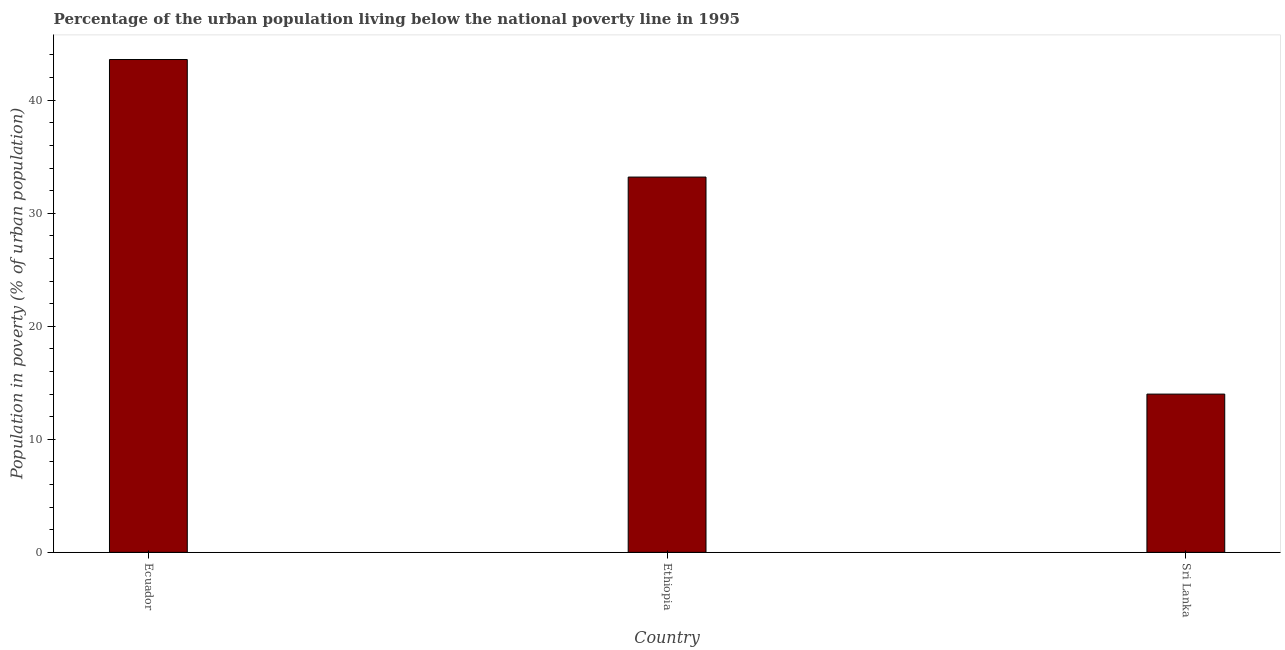
| Country | Urban poverty headcount ratio |
 | --- | --- |
 | Ecuador | 43.6 |
 | Ethiopia | 33.2 |
 | Sri Lanka | 14 |